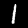
Label: 1